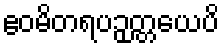
ဧဝမိတရပဉှတ္တယေပိ